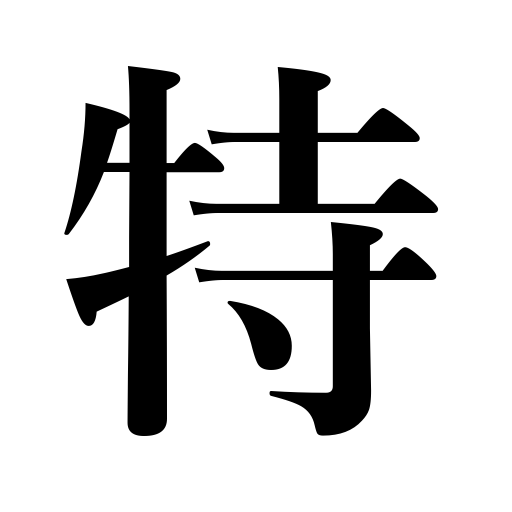
Meanings: special